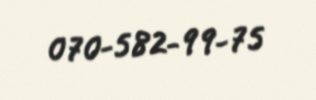
070-582-99-75